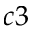
c 3